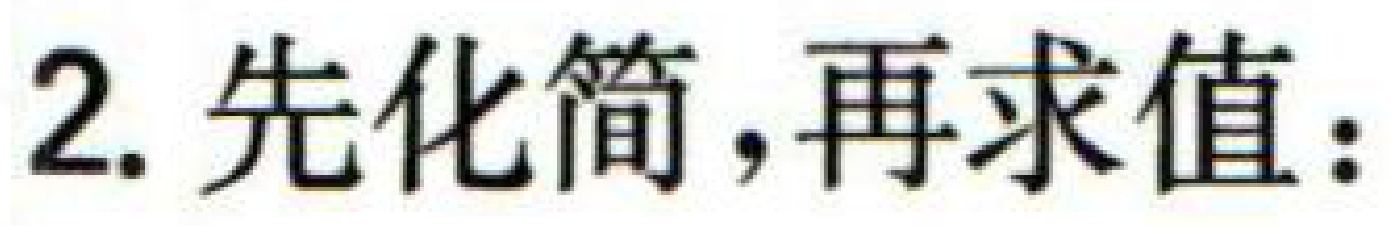
2. 先化简，再求值：